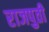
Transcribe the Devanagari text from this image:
राजपुती